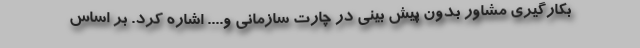
بکارگیری مشاور بدون پیش بینی در چارت سازمانی و.... اشاره کرد. بر اساس